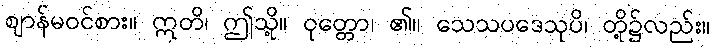
ဈာန်မဝင်စား။ ဣတိ၊ ဤသို့။ ဝုတ္တော၊ ၏။ သေသပဒေသုပိ၊ တို့၌လည်း။